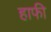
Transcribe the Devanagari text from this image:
हाफी